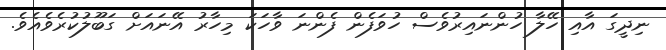
ނިދީގަ އާއި ހޭލާ ހުންނައިރުވެސް ހުވަފެން ފެންނަ ވާހަކަ މިހާރު އޭނައަށް ގަބޫލުކުރެވެއެވެ.